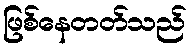
ဖြစ်နေတတ်သည်